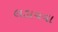
લડાવવા